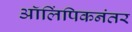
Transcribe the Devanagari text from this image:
ऑलिंपिकनंतर